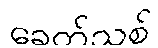
ခေတ်သစ်